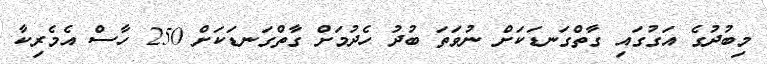
މިބުދުގެ އަގުގައި ގާތްގަނޑަކަށް ނުވަތަ ބުދު ހެދުމަށް ގާތްގަނޑަކަށް 250 ހާސް އެމެރިކާ